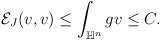
\begin{align*} \begin{aligned} \mathcal{E}_J(v,v)\leq \int _{\mathbb{H}^n}g v \leq C. \end{aligned} \end{align*}